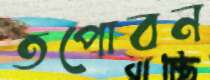
তপোবন